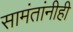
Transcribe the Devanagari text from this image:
सामंतांनीही